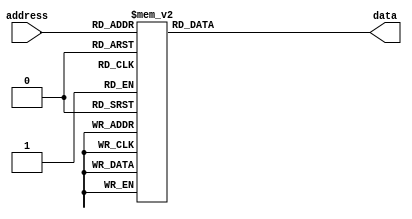
module saw_table(input [8:0]address,
                 output reg[13:0]data);
always @(*)
begin
    case (address)
        9'd0: data   <= 14'd0;
        9'd1: data   <= 14'd32;
        9'd2: data   <= 14'd64;
        9'd3: data   <= 14'd96;
        9'd4: data   <= 14'd128;
        9'd5: data   <= 14'd160;
        9'd6: data   <= 14'd192;
        9'd7: data   <= 14'd224;
        9'd8: data   <= 14'd256;
        9'd9: data   <= 14'd288;
        9'd10: data  <= 14'd320;
        9'd11: data  <= 14'd352;
        9'd12: data  <= 14'd384;
        9'd13: data  <= 14'd416;
        9'd14: data  <= 14'd448;
        9'd15: data  <= 14'd480;
        9'd16: data  <= 14'd512;
        9'd17: data  <= 14'd544;
        9'd18: data  <= 14'd576;
        9'd19: data  <= 14'd608;
        9'd20: data  <= 14'd640;
        9'd21: data  <= 14'd672;
        9'd22: data  <= 14'd704;
        9'd23: data  <= 14'd736;
        9'd24: data  <= 14'd768;
        9'd25: data  <= 14'd800;
        9'd26: data  <= 14'd832;
        9'd27: data  <= 14'd864;
        9'd28: data  <= 14'd896;
        9'd29: data  <= 14'd928;
        9'd30: data  <= 14'd960;
        9'd31: data  <= 14'd992;
        9'd32: data  <= 14'd1024;
        9'd33: data  <= 14'd1056;
        9'd34: data  <= 14'd1088;
        9'd35: data  <= 14'd1120;
        9'd36: data  <= 14'd1152;
        9'd37: data  <= 14'd1184;
        9'd38: data  <= 14'd1216;
        9'd39: data  <= 14'd1248;
        9'd40: data  <= 14'd1280;
        9'd41: data  <= 14'd1312;
        9'd42: data  <= 14'd1344;
        9'd43: data  <= 14'd1376;
        9'd44: data  <= 14'd1408;
        9'd45: data  <= 14'd1440;
        9'd46: data  <= 14'd1472;
        9'd47: data  <= 14'd1504;
        9'd48: data  <= 14'd1536;
        9'd49: data  <= 14'd1568;
        9'd50: data  <= 14'd1600;
        9'd51: data  <= 14'd1632;
        9'd52: data  <= 14'd1664;
        9'd53: data  <= 14'd1696;
        9'd54: data  <= 14'd1728;
        9'd55: data  <= 14'd1760;
        9'd56: data  <= 14'd1792;
        9'd57: data  <= 14'd1824;
        9'd58: data  <= 14'd1856;
        9'd59: data  <= 14'd1888;
        9'd60: data  <= 14'd1920;
        9'd61: data  <= 14'd1952;
        9'd62: data  <= 14'd1984;
        9'd63: data  <= 14'd2016;
        9'd64: data  <= 14'd2048;
        9'd65: data  <= 14'd2080;
        9'd66: data  <= 14'd2112;
        9'd67: data  <= 14'd2144;
        9'd68: data  <= 14'd2176;
        9'd69: data  <= 14'd2208;
        9'd70: data  <= 14'd2240;
        9'd71: data  <= 14'd2272;
        9'd72: data  <= 14'd2304;
        9'd73: data  <= 14'd2336;
        9'd74: data  <= 14'd2368;
        9'd75: data  <= 14'd2400;
        9'd76: data  <= 14'd2432;
        9'd77: data  <= 14'd2464;
        9'd78: data  <= 14'd2496;
        9'd79: data  <= 14'd2528;
        9'd80: data  <= 14'd2560;
        9'd81: data  <= 14'd2592;
        9'd82: data  <= 14'd2624;
        9'd83: data  <= 14'd2656;
        9'd84: data  <= 14'd2688;
        9'd85: data  <= 14'd2720;
        9'd86: data  <= 14'd2752;
        9'd87: data  <= 14'd2784;
        9'd88: data  <= 14'd2816;
        9'd89: data  <= 14'd2848;
        9'd90: data  <= 14'd2880;
        9'd91: data  <= 14'd2912;
        9'd92: data  <= 14'd2944;
        9'd93: data  <= 14'd2976;
        9'd94: data  <= 14'd3008;
        9'd95: data  <= 14'd3040;
        9'd96: data  <= 14'd3072;
        9'd97: data  <= 14'd3104;
        9'd98: data  <= 14'd3136;
        9'd99: data  <= 14'd3168;
        9'd100: data <= 14'd3200;
        9'd101: data <= 14'd3232;
        9'd102: data <= 14'd3264;
        9'd103: data <= 14'd3296;
        9'd104: data <= 14'd3328;
        9'd105: data <= 14'd3360;
        9'd106: data <= 14'd3392;
        9'd107: data <= 14'd3424;
        9'd108: data <= 14'd3456;
        9'd109: data <= 14'd3488;
        9'd110: data <= 14'd3520;
        9'd111: data <= 14'd3552;
        9'd112: data <= 14'd3584;
        9'd113: data <= 14'd3616;
        9'd114: data <= 14'd3648;
        9'd115: data <= 14'd3680;
        9'd116: data <= 14'd3712;
        9'd117: data <= 14'd3744;
        9'd118: data <= 14'd3776;
        9'd119: data <= 14'd3808;
        9'd120: data <= 14'd3840;
        9'd121: data <= 14'd3872;
        9'd122: data <= 14'd3904;
        9'd123: data <= 14'd3936;
        9'd124: data <= 14'd3968;
        9'd125: data <= 14'd4000;
        9'd126: data <= 14'd4032;
        9'd127: data <= 14'd4064;
        9'd128: data <= 14'd4096;
        9'd129: data <= 14'd4128;
        9'd130: data <= 14'd4160;
        9'd131: data <= 14'd4192;
        9'd132: data <= 14'd4224;
        9'd133: data <= 14'd4256;
        9'd134: data <= 14'd4288;
        9'd135: data <= 14'd4320;
        9'd136: data <= 14'd4352;
        9'd137: data <= 14'd4384;
        9'd138: data <= 14'd4416;
        9'd139: data <= 14'd4448;
        9'd140: data <= 14'd4480;
        9'd141: data <= 14'd4512;
        9'd142: data <= 14'd4544;
        9'd143: data <= 14'd4576;
        9'd144: data <= 14'd4608;
        9'd145: data <= 14'd4640;
        9'd146: data <= 14'd4672;
        9'd147: data <= 14'd4704;
        9'd148: data <= 14'd4736;
        9'd149: data <= 14'd4768;
        9'd150: data <= 14'd4800;
        9'd151: data <= 14'd4832;
        9'd152: data <= 14'd4864;
        9'd153: data <= 14'd4896;
        9'd154: data <= 14'd4928;
        9'd155: data <= 14'd4960;
        9'd156: data <= 14'd4992;
        9'd157: data <= 14'd5024;
        9'd158: data <= 14'd5056;
        9'd159: data <= 14'd5088;
        9'd160: data <= 14'd5120;
        9'd161: data <= 14'd5152;
        9'd162: data <= 14'd5184;
        9'd163: data <= 14'd5216;
        9'd164: data <= 14'd5248;
        9'd165: data <= 14'd5279;
        9'd166: data <= 14'd5312;
        9'd167: data <= 14'd5344;
        9'd168: data <= 14'd5376;
        9'd169: data <= 14'd5408;
        9'd170: data <= 14'd5440;
        9'd171: data <= 14'd5472;
        9'd172: data <= 14'd5504;
        9'd173: data <= 14'd5536;
        9'd174: data <= 14'd5568;
        9'd175: data <= 14'd5599;
        9'd176: data <= 14'd5631;
        9'd177: data <= 14'd5664;
        9'd178: data <= 14'd5696;
        9'd179: data <= 14'd5728;
        9'd180: data <= 14'd5760;
        9'd181: data <= 14'd5792;
        9'd182: data <= 14'd5824;
        9'd183: data <= 14'd5856;
        9'd184: data <= 14'd5888;
        9'd185: data <= 14'd5920;
        9'd186: data <= 14'd5951;
        9'd187: data <= 14'd5984;
        9'd188: data <= 14'd6016;
        9'd189: data <= 14'd6048;
        9'd190: data <= 14'd6080;
        9'd191: data <= 14'd6112;
        9'd192: data <= 14'd6144;
        9'd193: data <= 14'd6176;
        9'd194: data <= 14'd6208;
        9'd195: data <= 14'd6240;
        9'd196: data <= 14'd6272;
        9'd197: data <= 14'd6303;
        9'd198: data <= 14'd6336;
        9'd199: data <= 14'd6368;
        9'd200: data <= 14'd6400;
        9'd201: data <= 14'd6432;
        9'd202: data <= 14'd6464;
        9'd203: data <= 14'd6496;
        9'd204: data <= 14'd6528;
        9'd205: data <= 14'd6560;
        9'd206: data <= 14'd6592;
        9'd207: data <= 14'd6623;
        9'd208: data <= 14'd6656;
        9'd209: data <= 14'd6688;
        9'd210: data <= 14'd6720;
        9'd211: data <= 14'd6752;
        9'd212: data <= 14'd6784;
        9'd213: data <= 14'd6816;
        9'd214: data <= 14'd6848;
        9'd215: data <= 14'd6880;
        9'd216: data <= 14'd6912;
        9'd217: data <= 14'd6944;
        9'd218: data <= 14'd6975;
        9'd219: data <= 14'd7008;
        9'd220: data <= 14'd7040;
        9'd221: data <= 14'd7072;
        9'd222: data <= 14'd7104;
        9'd223: data <= 14'd7136;
        9'd224: data <= 14'd7168;
        9'd225: data <= 14'd7200;
        9'd226: data <= 14'd7232;
        9'd227: data <= 14'd7264;
        9'd228: data <= 14'd7296;
        9'd229: data <= 14'd7327;
        9'd230: data <= 14'd7360;
        9'd231: data <= 14'd7392;
        9'd232: data <= 14'd7424;
        9'd233: data <= 14'd7456;
        9'd234: data <= 14'd7488;
        9'd235: data <= 14'd7520;
        9'd236: data <= 14'd7552;
        9'd237: data <= 14'd7584;
        9'd238: data <= 14'd7616;
        9'd239: data <= 14'd7647;
        9'd240: data <= 14'd7679;
        9'd241: data <= 14'd7712;
        9'd242: data <= 14'd7744;
        9'd243: data <= 14'd7776;
        9'd244: data <= 14'd7808;
        9'd245: data <= 14'd7840;
        9'd246: data <= 14'd7872;
        9'd247: data <= 14'd7904;
        9'd248: data <= 14'd7936;
        9'd249: data <= 14'd7968;
        9'd250: data <= 14'd7999;
        9'd251: data <= 14'd8032;
        9'd252: data <= 14'd8064;
        9'd253: data <= 14'd8096;
        9'd254: data <= 14'd8128;
        9'd255: data <= 14'd8160;
        9'd256: data <= 14'd8192;
        9'd257: data <= 14'd8224;
        9'd258: data <= 14'd8256;
        9'd259: data <= 14'd8288;
        9'd260: data <= 14'd8320;
        9'd261: data <= 14'd8352;
        9'd262: data <= 14'd8384;
        9'd263: data <= 14'd8416;
        9'd264: data <= 14'd8448;
        9'd265: data <= 14'd8480;
        9'd266: data <= 14'd8512;
        9'd267: data <= 14'd8544;
        9'd268: data <= 14'd8576;
        9'd269: data <= 14'd8608;
        9'd270: data <= 14'd8640;
        9'd271: data <= 14'd8672;
        9'd272: data <= 14'd8704;
        9'd273: data <= 14'd8736;
        9'd274: data <= 14'd8768;
        9'd275: data <= 14'd8800;
        9'd276: data <= 14'd8832;
        9'd277: data <= 14'd8864;
        9'd278: data <= 14'd8896;
        9'd279: data <= 14'd8928;
        9'd280: data <= 14'd8960;
        9'd281: data <= 14'd8992;
        9'd282: data <= 14'd9024;
        9'd283: data <= 14'd9056;
        9'd284: data <= 14'd9088;
        9'd285: data <= 14'd9120;
        9'd286: data <= 14'd9152;
        9'd287: data <= 14'd9184;
        9'd288: data <= 14'd9216;
        9'd289: data <= 14'd9248;
        9'd290: data <= 14'd9280;
        9'd291: data <= 14'd9312;
        9'd292: data <= 14'd9344;
        9'd293: data <= 14'd9376;
        9'd294: data <= 14'd9408;
        9'd295: data <= 14'd9440;
        9'd296: data <= 14'd9472;
        9'd297: data <= 14'd9504;
        9'd298: data <= 14'd9536;
        9'd299: data <= 14'd9568;
        9'd300: data <= 14'd9600;
        9'd301: data <= 14'd9632;
        9'd302: data <= 14'd9664;
        9'd303: data <= 14'd9696;
        9'd304: data <= 14'd9728;
        9'd305: data <= 14'd9760;
        9'd306: data <= 14'd9792;
        9'd307: data <= 14'd9824;
        9'd308: data <= 14'd9856;
        9'd309: data <= 14'd9888;
        9'd310: data <= 14'd9920;
        9'd311: data <= 14'd9952;
        9'd312: data <= 14'd9984;
        9'd313: data <= 14'd10016;
        9'd314: data <= 14'd10048;
        9'd315: data <= 14'd10080;
        9'd316: data <= 14'd10112;
        9'd317: data <= 14'd10144;
        9'd318: data <= 14'd10176;
        9'd319: data <= 14'd10208;
        9'd320: data <= 14'd10240;
        9'd321: data <= 14'd10272;
        9'd322: data <= 14'd10304;
        9'd323: data <= 14'd10336;
        9'd324: data <= 14'd10368;
        9'd325: data <= 14'd10400;
        9'd326: data <= 14'd10432;
        9'd327: data <= 14'd10464;
        9'd328: data <= 14'd10496;
        9'd329: data <= 14'd10528;
        9'd330: data <= 14'd10559;
        9'd331: data <= 14'd10592;
        9'd332: data <= 14'd10624;
        9'd333: data <= 14'd10656;
        9'd334: data <= 14'd10688;
        9'd335: data <= 14'd10720;
        9'd336: data <= 14'd10752;
        9'd337: data <= 14'd10784;
        9'd338: data <= 14'd10816;
        9'd339: data <= 14'd10848;
        9'd340: data <= 14'd10880;
        9'd341: data <= 14'd10911;
        9'd342: data <= 14'd10944;
        9'd343: data <= 14'd10976;
        9'd344: data <= 14'd11008;
        9'd345: data <= 14'd11040;
        9'd346: data <= 14'd11072;
        9'd347: data <= 14'd11104;
        9'd348: data <= 14'd11136;
        9'd349: data <= 14'd11168;
        9'd350: data <= 14'd11199;
        9'd351: data <= 14'd11232;
        9'd352: data <= 14'd11263;
        9'd353: data <= 14'd11296;
        9'd354: data <= 14'd11328;
        9'd355: data <= 14'd11360;
        9'd356: data <= 14'd11392;
        9'd357: data <= 14'd11424;
        9'd358: data <= 14'd11456;
        9'd359: data <= 14'd11488;
        9'd360: data <= 14'd11520;
        9'd361: data <= 14'd11551;
        9'd362: data <= 14'd11584;
        9'd363: data <= 14'd11616;
        9'd364: data <= 14'd11648;
        9'd365: data <= 14'd11680;
        9'd366: data <= 14'd11712;
        9'd367: data <= 14'd11744;
        9'd368: data <= 14'd11776;
        9'd369: data <= 14'd11808;
        9'd370: data <= 14'd11840;
        9'd371: data <= 14'd11872;
        9'd372: data <= 14'd11903;
        9'd373: data <= 14'd11936;
        9'd374: data <= 14'd11968;
        9'd375: data <= 14'd12000;
        9'd376: data <= 14'd12032;
        9'd377: data <= 14'd12064;
        9'd378: data <= 14'd12096;
        9'd379: data <= 14'd12128;
        9'd380: data <= 14'd12160;
        9'd381: data <= 14'd12192;
        9'd382: data <= 14'd12224;
        9'd383: data <= 14'd12255;
        9'd384: data <= 14'd12288;
        9'd385: data <= 14'd12320;
        9'd386: data <= 14'd12352;
        9'd387: data <= 14'd12384;
        9'd388: data <= 14'd12416;
        9'd389: data <= 14'd12448;
        9'd390: data <= 14'd12480;
        9'd391: data <= 14'd12512;
        9'd392: data <= 14'd12544;
        9'd393: data <= 14'd12576;
        9'd394: data <= 14'd12607;
        9'd395: data <= 14'd12640;
        9'd396: data <= 14'd12672;
        9'd397: data <= 14'd12704;
        9'd398: data <= 14'd12736;
        9'd399: data <= 14'd12768;
        9'd400: data <= 14'd12800;
        9'd401: data <= 14'd12832;
        9'd402: data <= 14'd12864;
        9'd403: data <= 14'd12896;
        9'd404: data <= 14'd12928;
        9'd405: data <= 14'd12959;
        9'd406: data <= 14'd12992;
        9'd407: data <= 14'd13024;
        9'd408: data <= 14'd13056;
        9'd409: data <= 14'd13088;
        9'd410: data <= 14'd13120;
        9'd411: data <= 14'd13152;
        9'd412: data <= 14'd13184;
        9'd413: data <= 14'd13216;
        9'd414: data <= 14'd13247;
        9'd415: data <= 14'd13280;
        9'd416: data <= 14'd13312;
        9'd417: data <= 14'd13344;
        9'd418: data <= 14'd13376;
        9'd419: data <= 14'd13408;
        9'd420: data <= 14'd13440;
        9'd421: data <= 14'd13472;
        9'd422: data <= 14'd13504;
        9'd423: data <= 14'd13536;
        9'd424: data <= 14'd13568;
        9'd425: data <= 14'd13599;
        9'd426: data <= 14'd13632;
        9'd427: data <= 14'd13664;
        9'd428: data <= 14'd13696;
        9'd429: data <= 14'd13728;
        9'd430: data <= 14'd13760;
        9'd431: data <= 14'd13792;
        9'd432: data <= 14'd13824;
        9'd433: data <= 14'd13856;
        9'd434: data <= 14'd13888;
        9'd435: data <= 14'd13920;
        9'd436: data <= 14'd13951;
        9'd437: data <= 14'd13984;
        9'd438: data <= 14'd14016;
        9'd439: data <= 14'd14048;
        9'd440: data <= 14'd14080;
        9'd441: data <= 14'd14112;
        9'd442: data <= 14'd14144;
        9'd443: data <= 14'd14176;
        9'd444: data <= 14'd14208;
        9'd445: data <= 14'd14240;
        9'd446: data <= 14'd14272;
        9'd447: data <= 14'd14303;
        9'd448: data <= 14'd14336;
        9'd449: data <= 14'd14368;
        9'd450: data <= 14'd14400;
        9'd451: data <= 14'd14432;
        9'd452: data <= 14'd14464;
        9'd453: data <= 14'd14496;
        9'd454: data <= 14'd14528;
        9'd455: data <= 14'd14560;
        9'd456: data <= 14'd14592;
        9'd457: data <= 14'd14624;
        9'd458: data <= 14'd14655;
        9'd459: data <= 14'd14688;
        9'd460: data <= 14'd14720;
        9'd461: data <= 14'd14752;
        9'd462: data <= 14'd14784;
        9'd463: data <= 14'd14816;
        9'd464: data <= 14'd14848;
        9'd465: data <= 14'd14880;
        9'd466: data <= 14'd14912;
        9'd467: data <= 14'd14944;
        9'd468: data <= 14'd14976;
        9'd469: data <= 14'd15007;
        9'd470: data <= 14'd15040;
        9'd471: data <= 14'd15072;
        9'd472: data <= 14'd15104;
        9'd473: data <= 14'd15136;
        9'd474: data <= 14'd15168;
        9'd475: data <= 14'd15200;
        9'd476: data <= 14'd15232;
        9'd477: data <= 14'd15264;
        9'd478: data <= 14'd15295;
        9'd479: data <= 14'd15328;
        9'd480: data <= 14'd15359;
        9'd481: data <= 14'd15392;
        9'd482: data <= 14'd15424;
        9'd483: data <= 14'd15456;
        9'd484: data <= 14'd15488;
        9'd485: data <= 14'd15520;
        9'd486: data <= 14'd15552;
        9'd487: data <= 14'd15584;
        9'd488: data <= 14'd15616;
        9'd489: data <= 14'd15647;
        9'd490: data <= 14'd15680;
        9'd491: data <= 14'd15712;
        9'd492: data <= 14'd15744;
        9'd493: data <= 14'd15776;
        9'd494: data <= 14'd15808;
        9'd495: data <= 14'd15840;
        9'd496: data <= 14'd15872;
        9'd497: data <= 14'd15904;
        9'd498: data <= 14'd15936;
        9'd499: data <= 14'd15968;
        9'd500: data <= 14'd15999;
        9'd501: data <= 14'd16032;
        9'd502: data <= 14'd16064;
        9'd503: data <= 14'd16096;
        9'd504: data <= 14'd16128;
        9'd505: data <= 14'd16160;
        9'd506: data <= 14'd16192;
        9'd507: data <= 14'd16224;
        9'd508: data <= 14'd16256;
        9'd509: data <= 14'd16288;
        9'd510: data <= 14'd16320;
        9'd511: data <= 14'd16351;
        
    endcase
end
endmodule